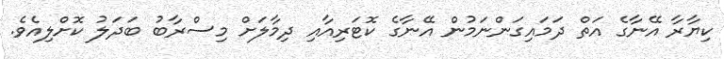
ކިޔާރާ އޭނާގެ އަތް ދަމައިގަންނަމުން އޭނާގެ ކޮޓަރިއާއި ދިމާލަށް މިސްރާބު ބަދަލު ކޮށްލިއެވެ.